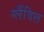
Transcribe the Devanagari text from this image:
ग्लैंविल